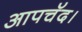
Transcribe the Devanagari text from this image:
आपचॅद।